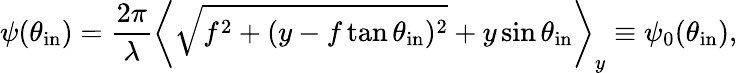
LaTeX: \psi(\theta_{\mathrm{in}})=\frac{2\pi}{\lambda}\left\langle\sqrt{f^{2}+(y-f\tan{\theta_{\mathrm{in}}})^{2}}+y\sin{\theta_{\mathrm{in}}}\right\rangle_{y}\equiv\psi_{0}(\theta_{\mathrm{in}}),